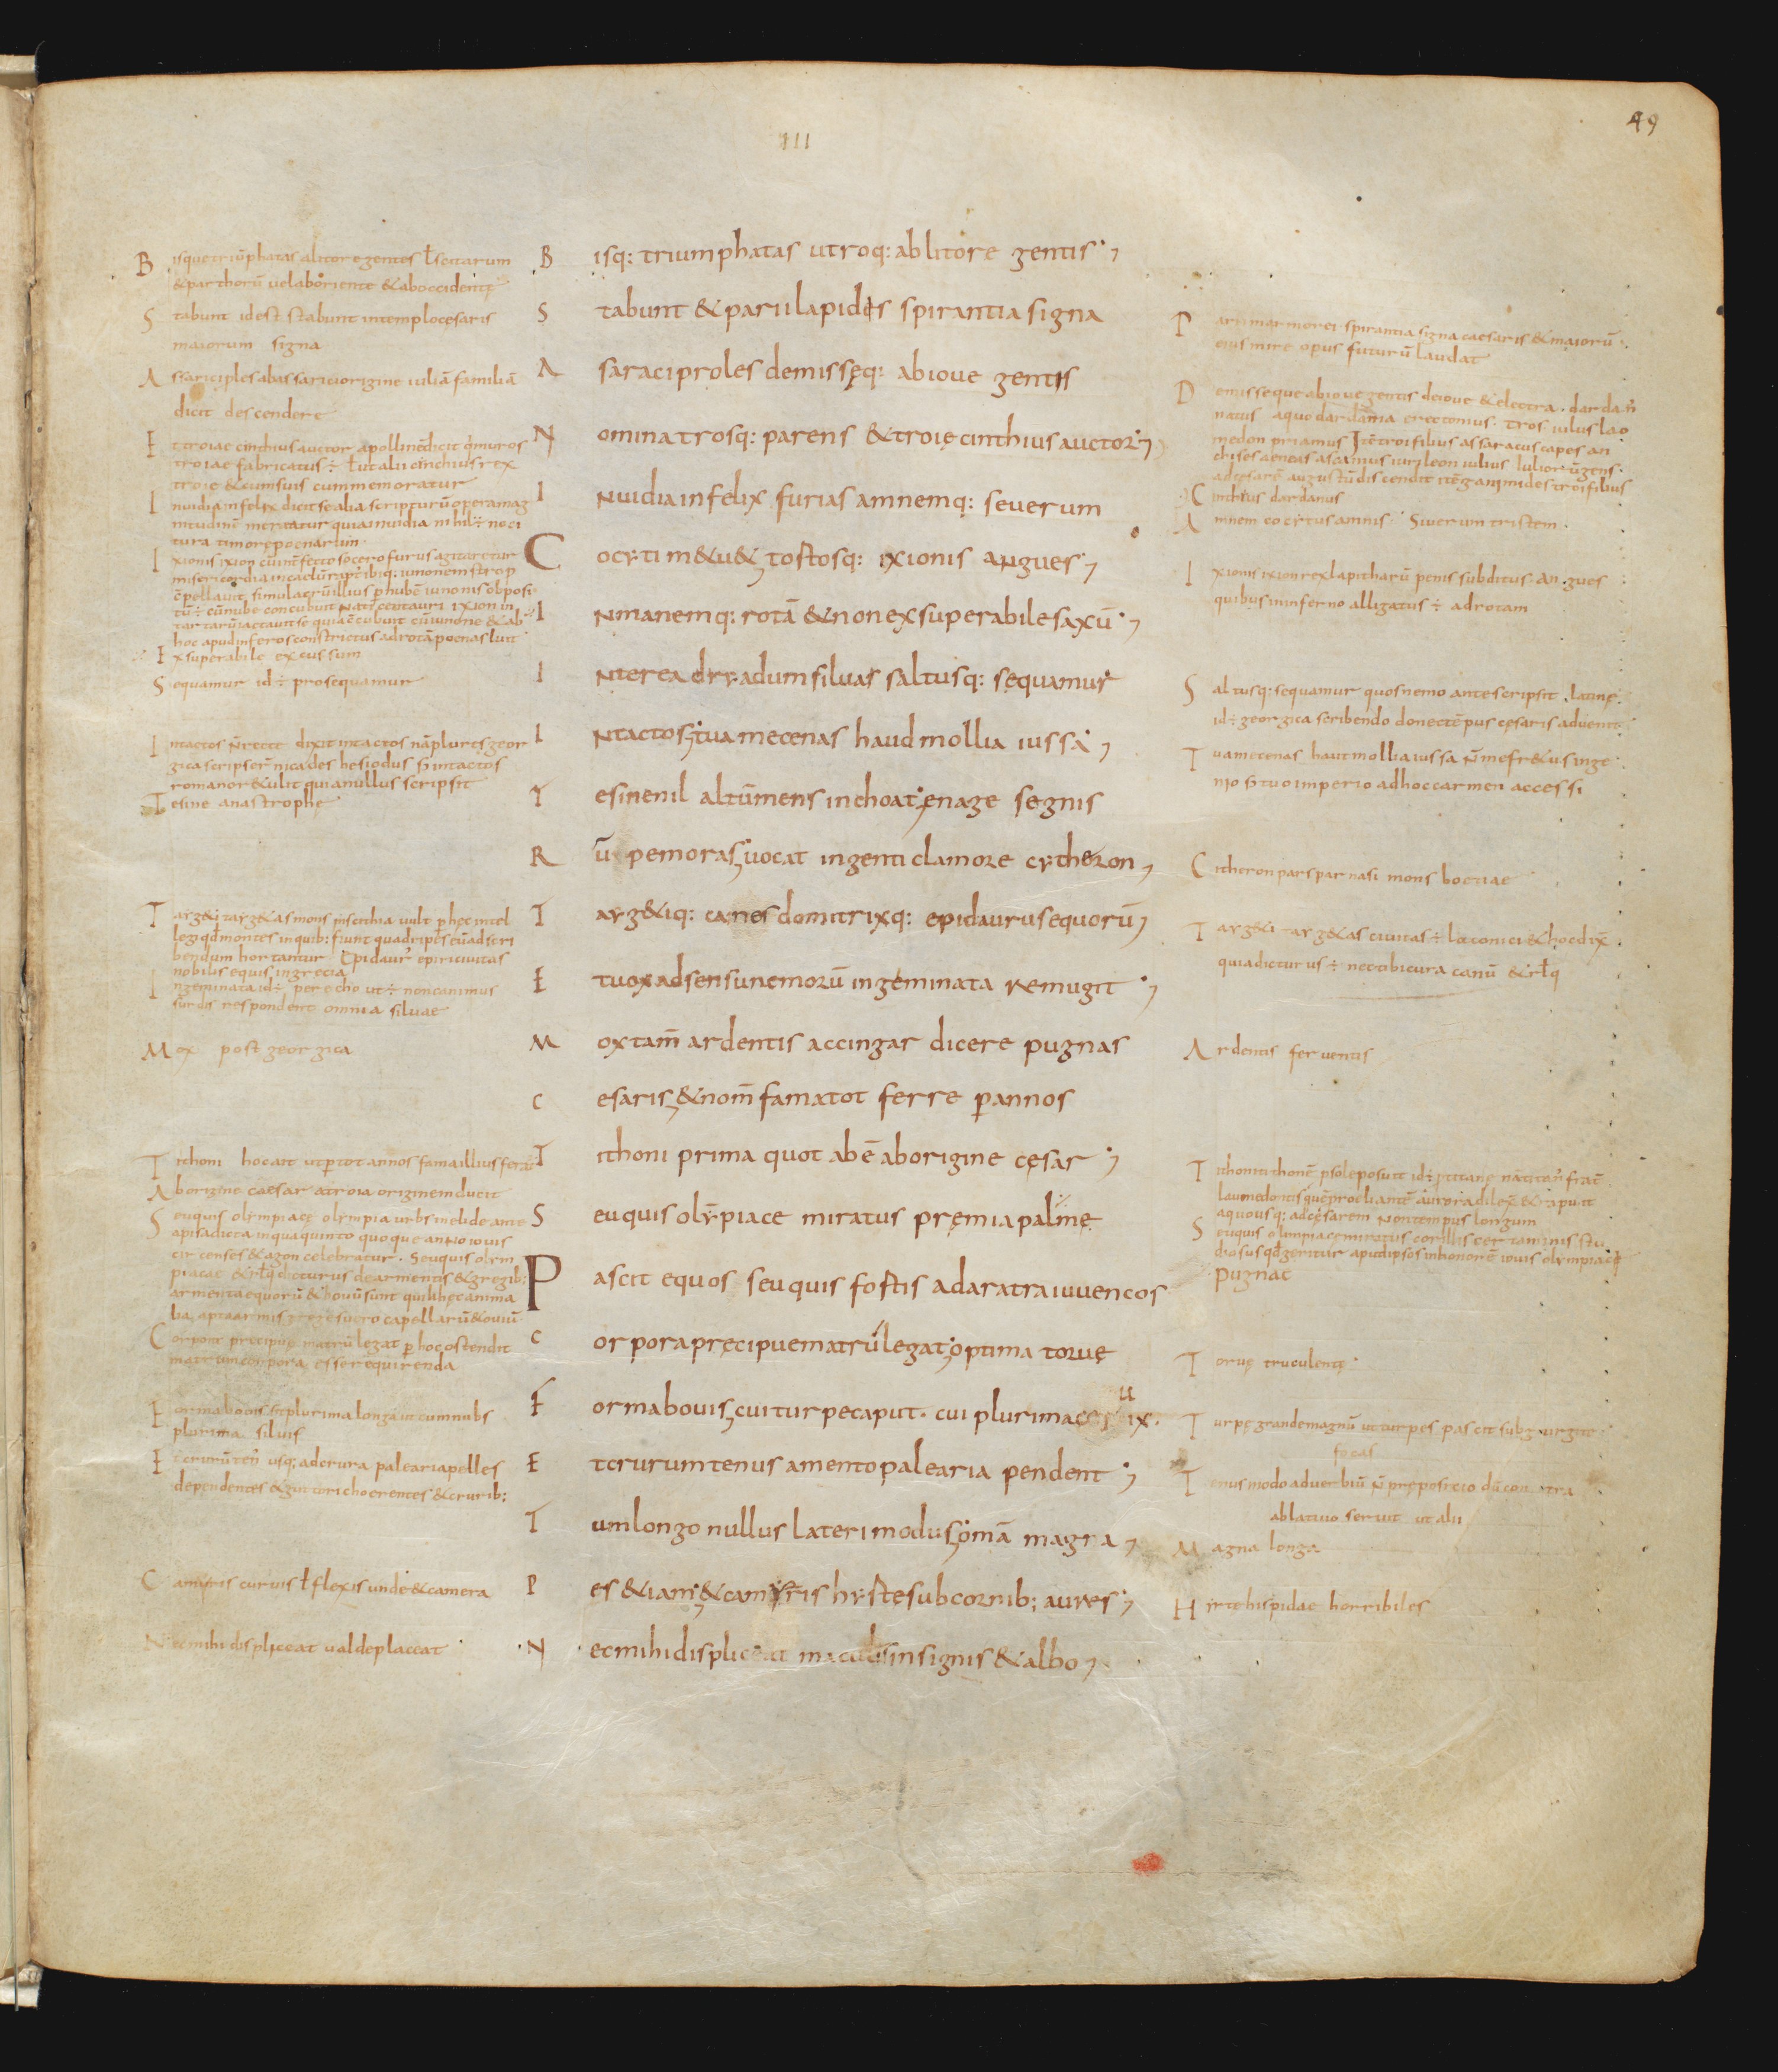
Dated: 800–999